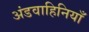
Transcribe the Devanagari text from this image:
अंडवाहिनियाँ